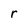
Character: r